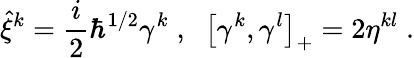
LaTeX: \hat{\xi}^{k}=\frac{i}{2}\hbar^{1/2}\gamma^{k}\; ,\; \; \left[\gamma^{k},\gamma^{l}\right]_{+}=2\eta^{kl}\; .